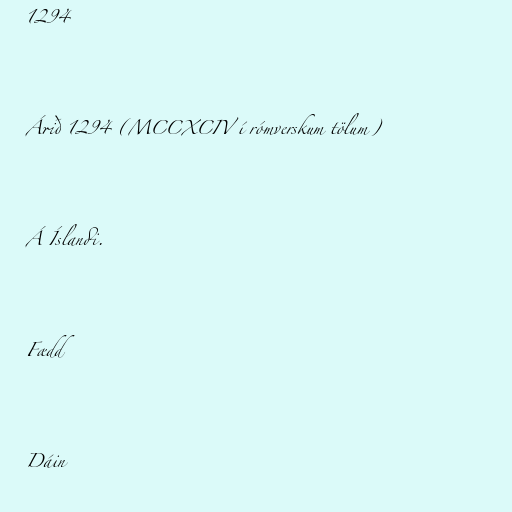
1294

Árið 1294 (MCCXCIV í rómverskum tölum)

Á Íslandi.

Fædd

Dáin